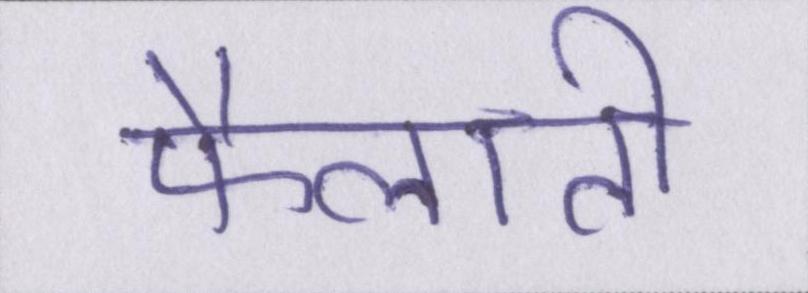
फैलाती